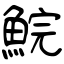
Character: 鯇